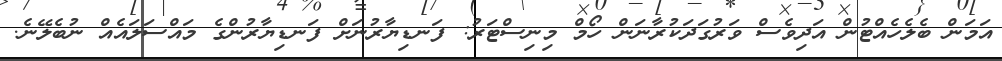
އަމަން ބެލެހެއްޓުން އަދިވެސް ވަރުގަދަކުރާނަން ހޯމް މިނިސްޓަރު: ފަނޑިޔާރުނަށް ފަނޑިޔާރުންގެ މައްސަލައެއް ނުބެލޭނެ.